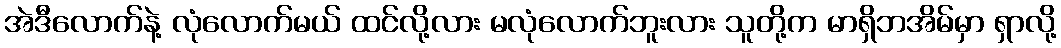
အဲဒီလောက်နဲ့ လုံလောက်မယ် ထင်လို့လား မလုံလောက်ဘူးလား သူတို့က မာရှိဘအိမ်မှာ ရှာလို့